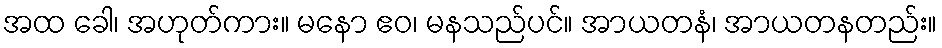
အထ ခေါ၊ အဟုတ်ကား။ မနော ဧဝ၊ မနသည်ပင်။ အာယတနံ၊ အာယတနတည်း။